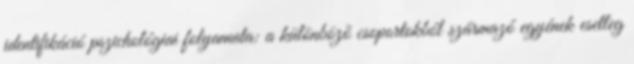
identifikáció pszichológiai folyamata: a különböző csoportokból származó egyének esetleg